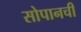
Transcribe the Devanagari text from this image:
सोपानची